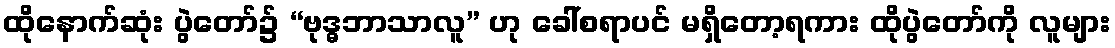
ထိုနောက်ဆုံး ပွဲတော်၌ “ဗုဒ္ဓဘာသာလူ” ဟု ခေါ်စရာပင် မရှိတော့ရကား ထိုပွဲတော်ကို လူများ